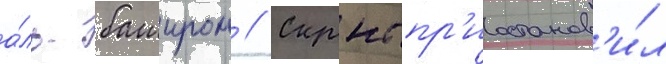
а́ль-баширом // Скрнс пр'иостанов'и́л